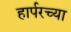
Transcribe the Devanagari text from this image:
हार्परच्या